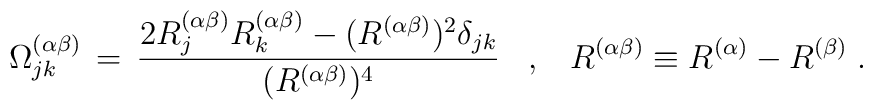
\Omega^{(\alpha\beta)}_{jk}\,=\, \frac{2 R^{(\alpha\beta)}_j  R^{(\alpha\beta)}_k - (R^{(\alpha\beta)})^2 \delta_{jk} }{(R^{(\alpha\beta)})^4}\;\;\;,\;\;\; R^{(\alpha\beta)} \equiv R^{(\alpha)}-R^{(\beta)}\;.